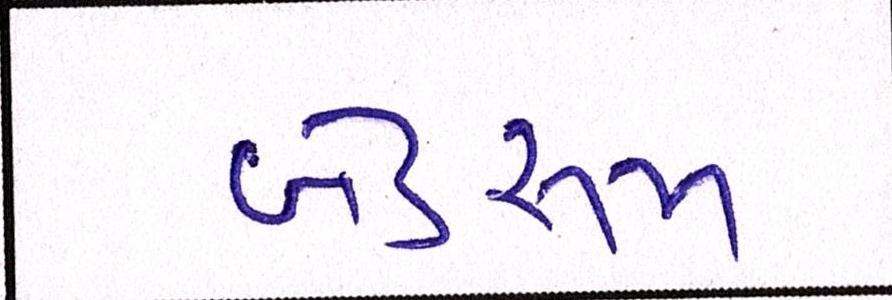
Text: બેડરૂમ